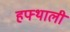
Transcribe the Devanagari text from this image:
हफ्थाली